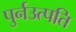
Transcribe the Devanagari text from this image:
पुर्नउत्पति